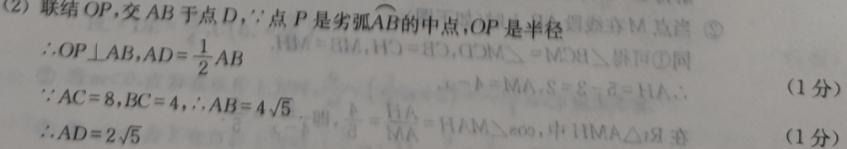
(2) 联结 \(OP\)，交 \(AB\) 于点 \(D\)，\(\because\) 点 \(P\) 是劣弧 \(AB\) 的中点，\(OP\) 是半径
\(\therefore OP\perp AB\)，\(AD = \frac{1}{2}AB\)
\(\because AC = 8\)，\(BC = 4\)，\(\therefore AB = 4\sqrt{5}\)  （1 分）
\(\therefore AD = 2\sqrt{5}\)  （1 分）